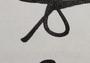
Signature authenticity: genuine